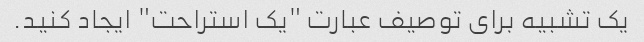
یک تشبیه برای توصیف عبارت "یک استراحت" ایجاد کنید.